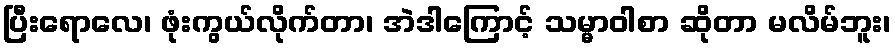
ပြီးရောလေ၊ ဖုံးကွယ်လိုက်တာ၊ အဲဒါကြောင့် သမ္မာဝါစာ ဆိုတာ မလိမ်ဘူး၊